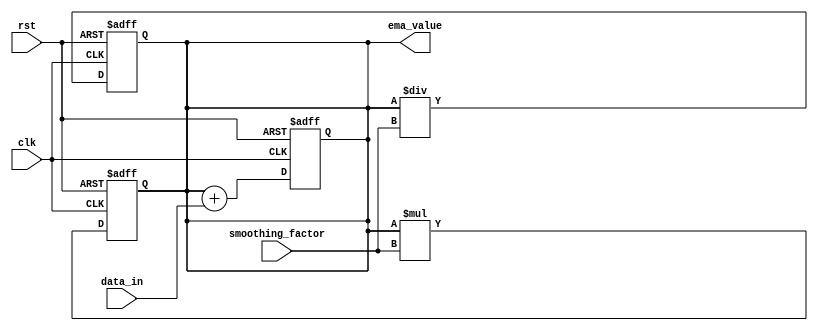
module EMA_accumulator (
    input wire clk, // Clock signal
    input wire rst, // Reset signal
    input wire [7:0] data_in, // Input data stream
    input wire [7:0] smoothing_factor, // Smoothing factor or decay rate
    output reg [15:0] ema_value // Exponential moving average value
);

reg [15:0] accumulator;

// Data addition block
always @(posedge clk or posedge rst) begin
    if (rst) begin
        accumulator <= 0;
    end else begin
        accumulator <= accumulator + data_in;
    end
end

// Data multiplication block
always @(posedge clk or posedge rst) begin
    if (rst) begin
        accumulator <= 0;
    end else begin
        accumulator <= accumulator * smoothing_factor;
    end
end

// Data division block
always @(posedge clk or posedge rst) begin
    if (rst) begin
        accumulator <= 0;
    end else begin
        accumulator <= accumulator / smoothing_factor;
    end
end

assign ema_value = accumulator;

endmodule